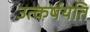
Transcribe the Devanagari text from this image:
उत्कर्षयति